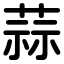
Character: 蒜